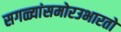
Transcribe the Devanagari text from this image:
सगळ्यांसमोरउभारतो